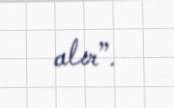
alır”.